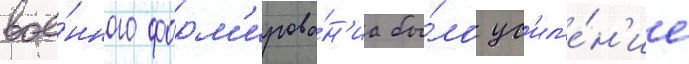
вое́нного форм'ирова́н'иа бы́ло ус'ил'е́н'ие